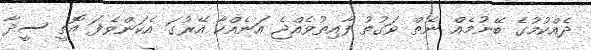
ދެެއްކުމުގެ ބޭނުމެއް ނެތް ވަގުތު ފާއިތުވެއްޖެ އަނެއްކާ އޭރުގަ އެކަންވެފަ އޮތީ ސީދާ